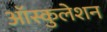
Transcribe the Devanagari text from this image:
ऑस्कुलेशन